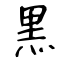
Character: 黒